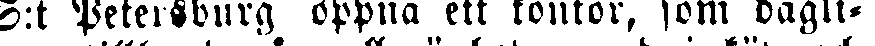
S:t Petersburg öppna ett kontor, som dagli-